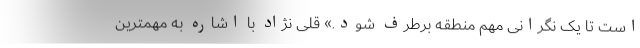
است تا یک نگرانی مهم منطقه برطرف شود.» قلی نژاد با اشاره به مهمترین